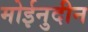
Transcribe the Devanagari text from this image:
मोईनुदीन